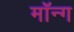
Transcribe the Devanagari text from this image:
मॉन्ग